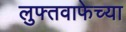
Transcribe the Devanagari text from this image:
लुफ्तवाफेच्या